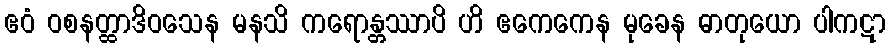
ဧဝံ ဝစနတ္ထာဒိဝသေန မနသိ ကရောန္တဿာပိ ဟိ ဧကေကေန မုခေန ဓာတုယော ပါကဋာ